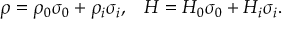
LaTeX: \rho = \rho _ { 0 } \sigma _ { 0 } + \rho _ { i } \sigma _ { i } , \; \; \; H = H _ { 0 } \sigma _ { 0 } + H _ { i } \sigma _ { i } .